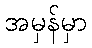
အမှန်မှာ